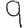
Digit: 9